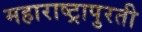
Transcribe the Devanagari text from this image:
महाराष्ट्रापुरती